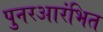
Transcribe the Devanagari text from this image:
पुनरआरंभित